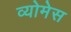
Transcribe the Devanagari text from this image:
व्योमेस